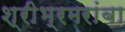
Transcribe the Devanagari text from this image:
श्रीभ्रमरांबा